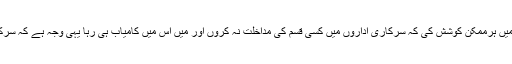
انہوں نے مزید کہا کہ میں نے اپنے دور اقتدار میں ہرممکن کوشش کی کہ سرکاری اداروں میں کسی قسم کی مداخلت نہ کروں اور میں اس میں کامیاب ہی رہا یہی وجہ ہے کہ سرکاری اداروں میںمیرٹ کو ترجیح دی جاتی رہی۔